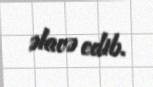
əlavə edib.